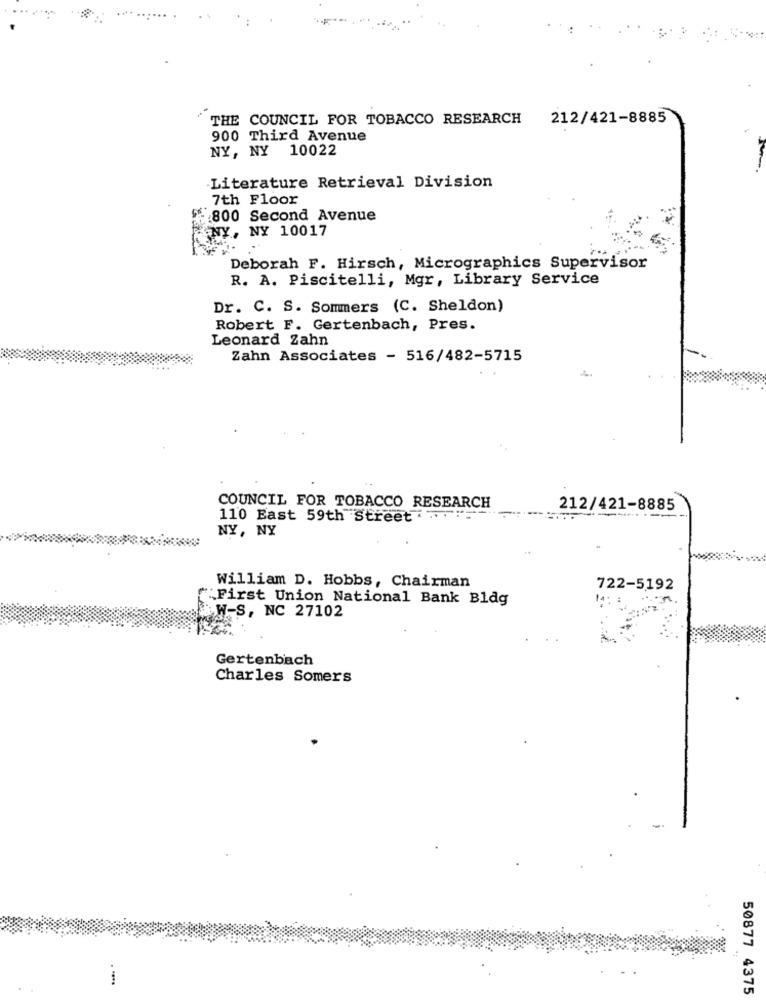
THE COUNCIL FOR TOBACCO RESEARCH
212/421-8885
900 Third Avenue
NY, NY 10022
Literature Retrieval Division
7th Floor
£5.800 Second Avenue
NY, NY 10017
Deborah F. Hirsch, Micrographics Supervisor
R. A. Piscitelli, Mgr, Library Service
Dr. C. S. Sommers (C. Sheldon)
Robert F. Gertenbach, Pres.
Leonard Zahn
Zahn Associates - 516/482-5715
COUNCIL FOR TOBACCO RESEARCH
212/421-8885
110 East 59th Street ."
NY, NY
William D. Hobbs, Chairman
722-5192
"First Union National Bank Bldg
W-S, NC 27102
Gertenbach
Charles Somers
50877 4375